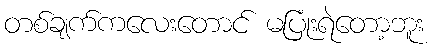
တစ်ချက်ကလေးတောင် မပြုံးရဲတော့ဘူး